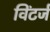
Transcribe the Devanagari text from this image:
विंटर्ज